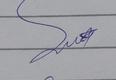
Signature authenticity: genuine